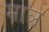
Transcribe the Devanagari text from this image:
माञ